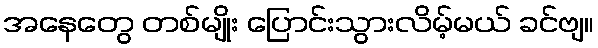
အနေတွေ တစ်မျိုး ပြောင်းသွားလိမ့်မယ် ခင်ဗျ။